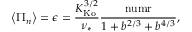
\left\langle \Pi _ { n } \right\rangle = \epsilon = \frac { K _ { \mathrm { K o } } ^ { 3 / 2 } } { \nu _ { * } } \frac { \mathrm { n u m r } } { 1 + b ^ { 2 / 3 } + b ^ { 4 / 3 } } ,